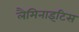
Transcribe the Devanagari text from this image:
लैमिनाइटिस